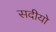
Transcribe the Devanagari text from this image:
सदीयो